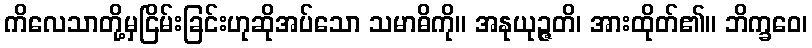
ကိလေသာတို့မှငြိမ်းခြင်းဟုဆိုအပ်သော သမာဓိကို။ အနုယုဉ္ဇတိ၊ အားထိုတ်၏။ ဘိက္ခဝေ၊